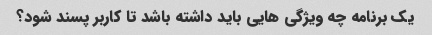
یک برنامه چه ویژگی هایی باید داشته باشد تا کاربر پسند شود؟